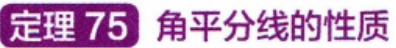
定理 75 角平分线的性质